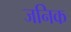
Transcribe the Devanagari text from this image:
जनिक